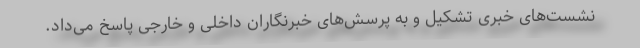
نشست‌های خبری تشکیل و به پرسش‌های خبرنگاران داخلی و خارجی پاسخ می‌داد.